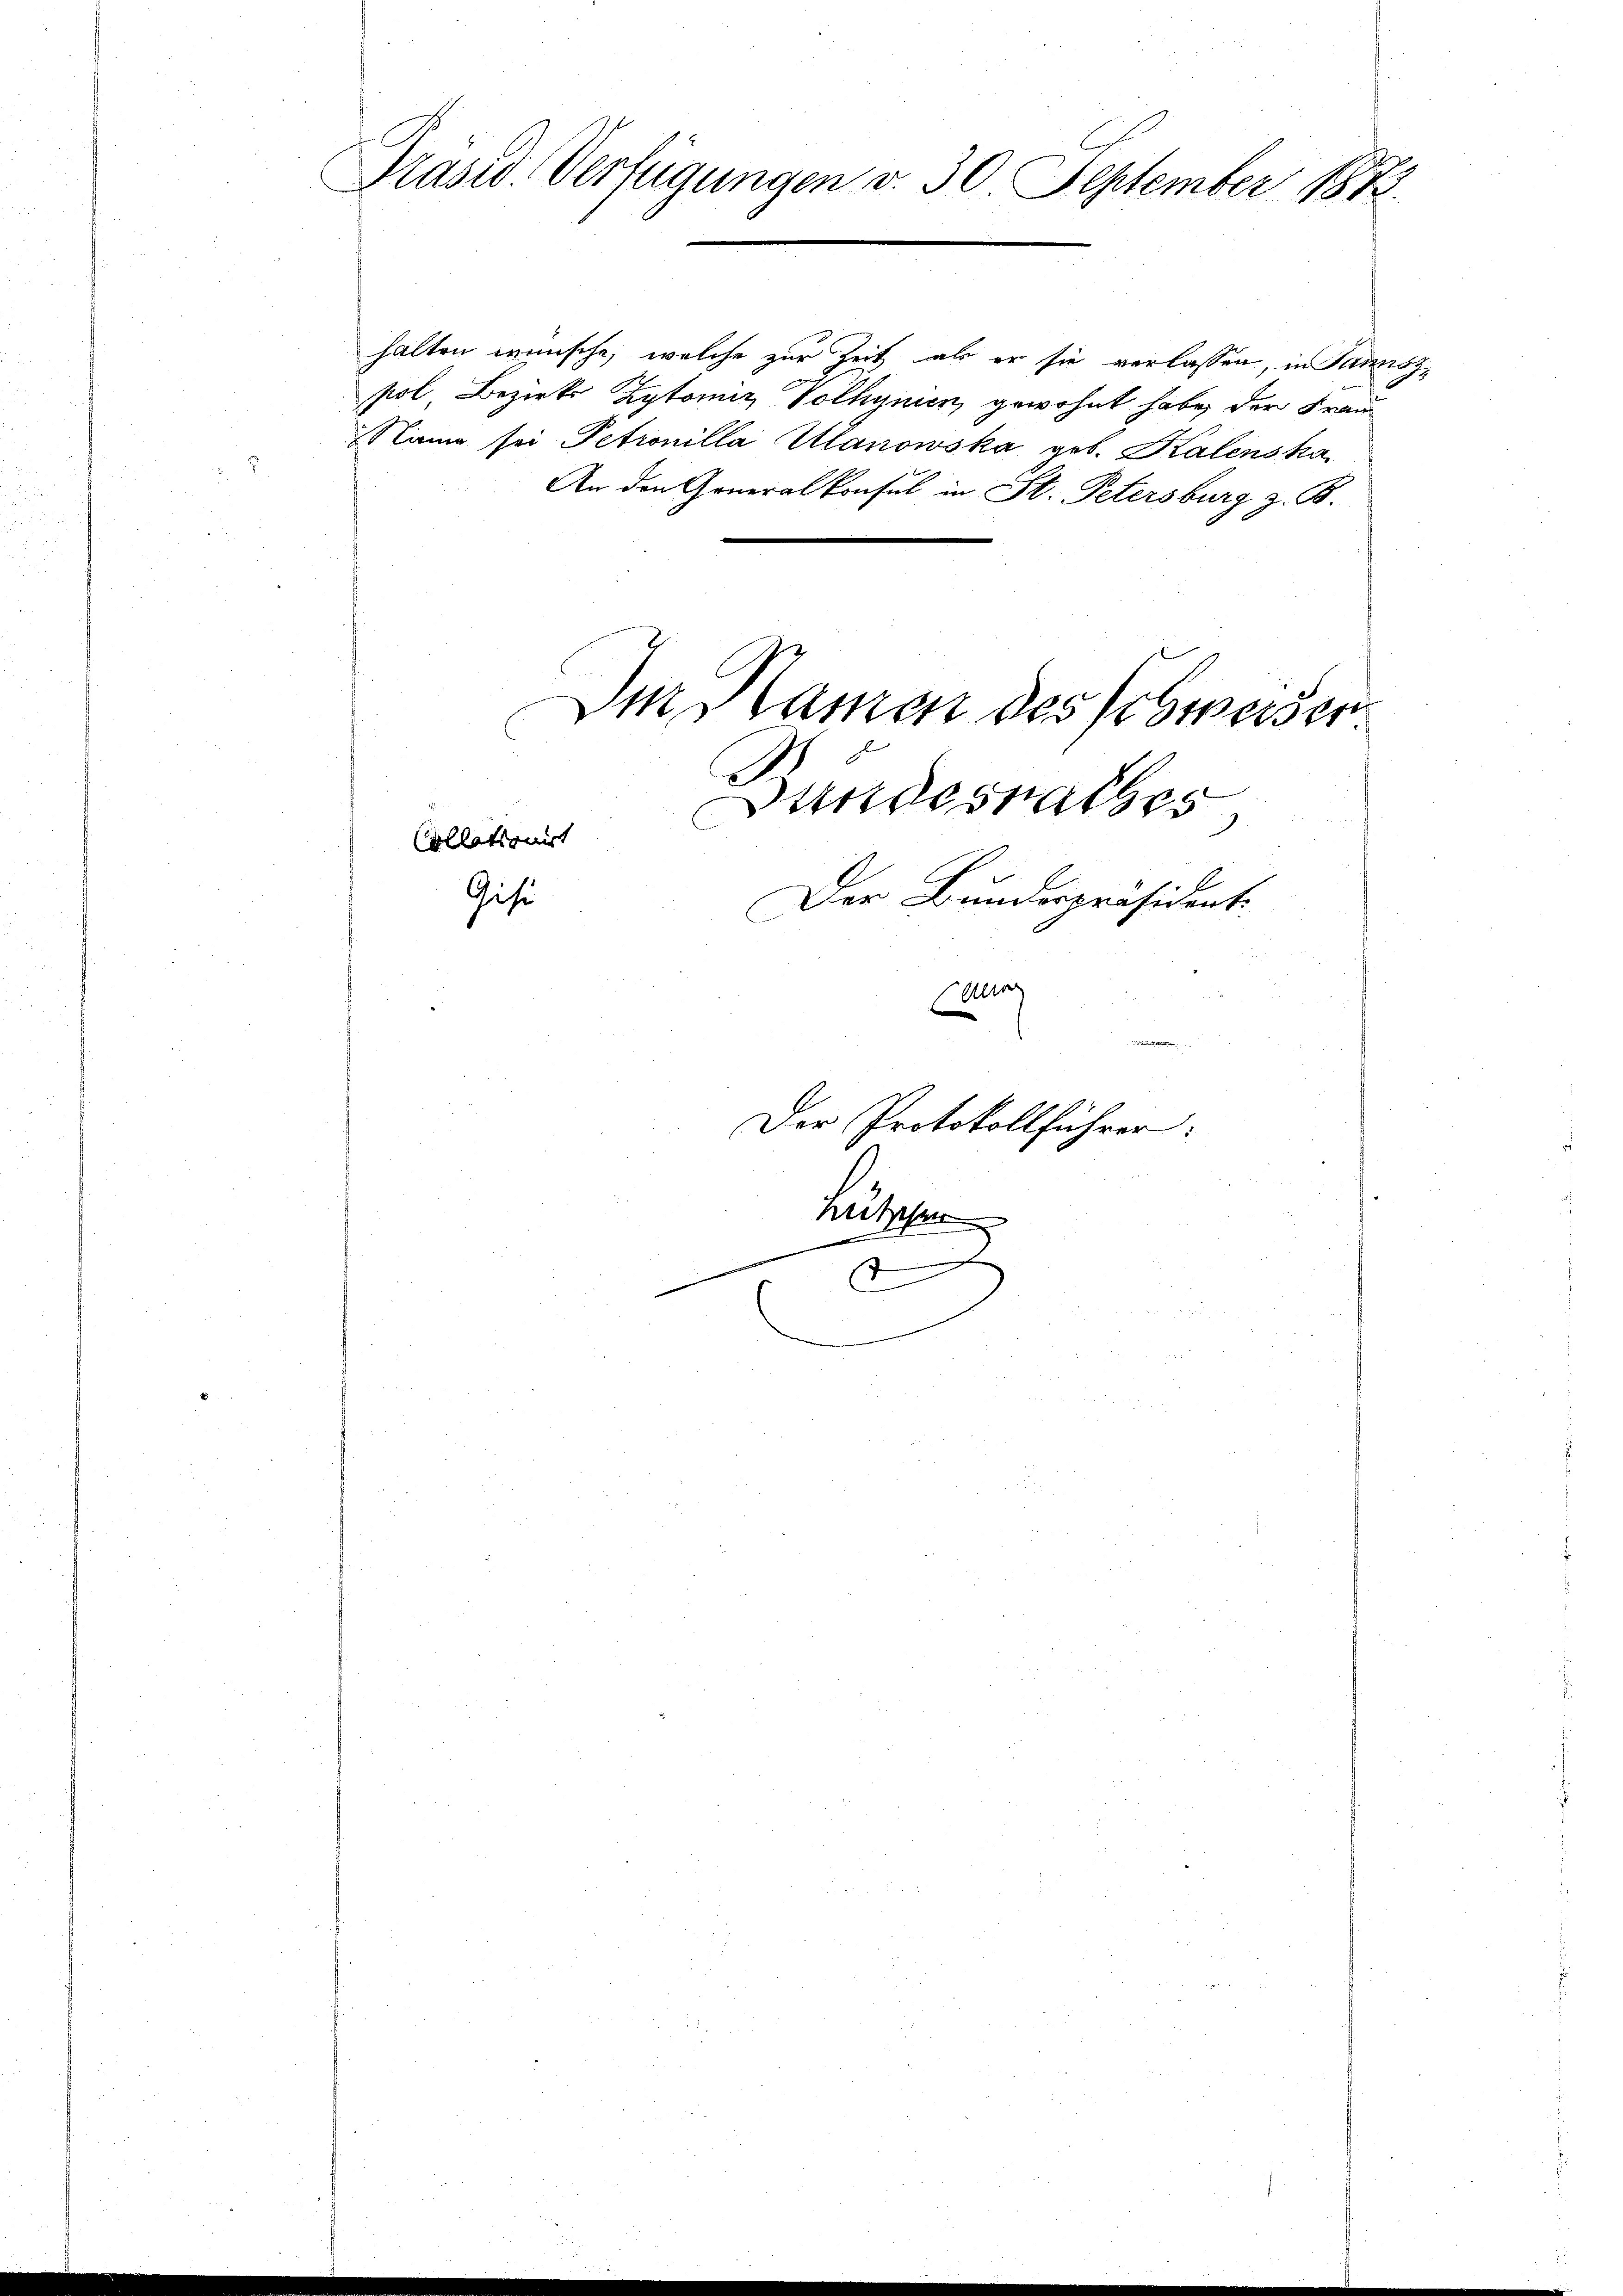
Präsid. Verfügungen v. 30. September 1873.

halten wünsche, welche zur Zeit als er sie verlassen, in Sannszpol Bezirks Zytomie Volhynien, gewohnt habe, der Frau
Nam sei Petrouilla Alanowska geb. Kalenska
An den Generalkonsul in St. Petersburg z. B.
Im Namen des Schwerder
Bundesrathes,
d
Collationirt
Gise
Der Bundespräsident.
Caunz

Der Protokollführer:

Lutzehen
.
d